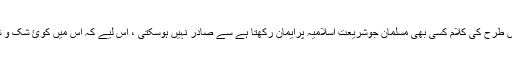
تواس سوال کے جواب کے لیے ہمیں یہ علم ہونا چاہیۓ کہ اس طرح کی کلام کسی بھی مسلمان جوشریعت اسلامیہ پرایمان رکھتا ہے سے صادر نہیں ہوسکتی ، اس لیے کہ اس میں کوئ شک و شبہ نہیں کہ اس طرح کی کلام صریحا کفر ہے زندیقیت ہے ۔